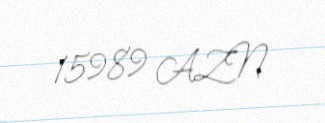
15989 AZN